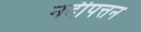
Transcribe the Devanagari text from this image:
नदीपत्तन